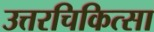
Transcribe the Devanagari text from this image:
उत्तरचिकित्सा